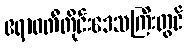
ဧရာဝတီတိုင်းဒေသကြီးတွင်